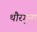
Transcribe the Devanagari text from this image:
थौरगुना